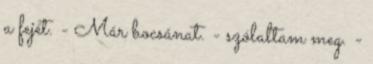
a fejét. - Már bocsánat. - szólaltam meg. -